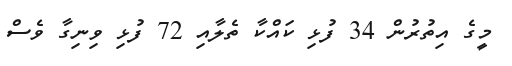
މީގެ އިތުރުން 34 ފުޅި ކައްކާ ތެލާއި 72 ފުޅި ވިނިގާ ވެސް